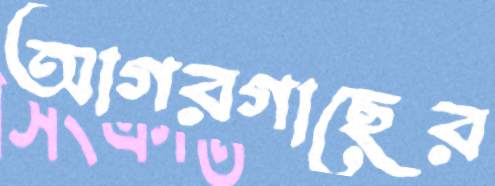
আগরগাছের